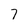
Character: 7